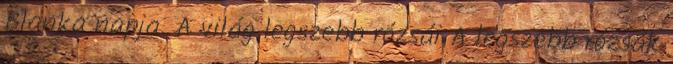
Blanka napja. A világ legszebb rózsái A legszebb rózsák